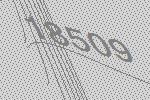
18509